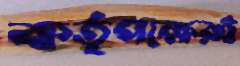
কর্তৃপক্ষেরই